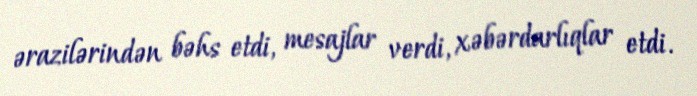
ərazilərindən bəhs etdi, mesajlar verdi, xəbərdarlıqlar etdi.